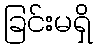
ခြင်းမရှိ